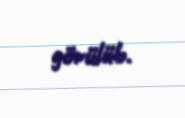
görülüb.